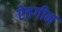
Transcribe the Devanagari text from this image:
ऐतगीन